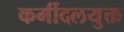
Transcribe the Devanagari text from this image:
कर्मीदलयुक्त